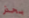
بحذر